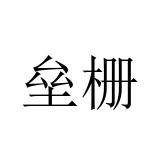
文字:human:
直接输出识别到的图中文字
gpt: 垒栅